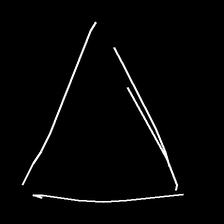
Glyph: convergence